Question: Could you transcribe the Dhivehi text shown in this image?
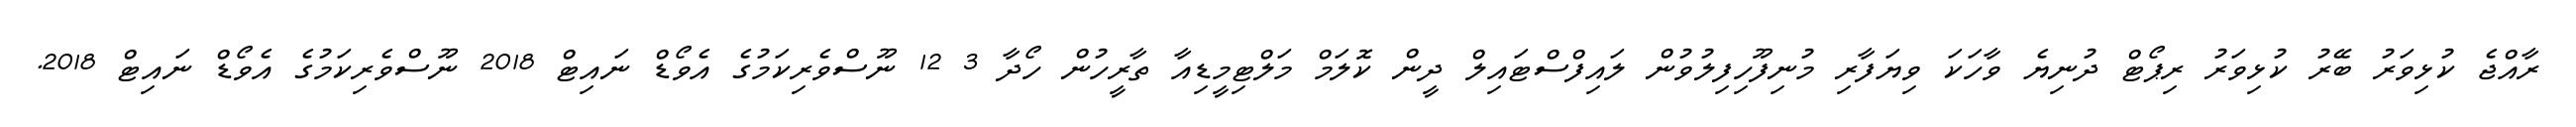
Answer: ރާއްޖެ ކުޅިވަރު ބޭރު ކުޅިވަރު ރިޕޯޓް ދުނިޔެ ވާހަކަ ވިޔަފާރި މުނިފޫހިފިލުވުން ލައިފްސްޓައިލް ދީން ކޮލަމް މަލްޓިމީޑިއާ ތާރީހުން ހޯދާ 3 12 ނޫސްވެރިކަމުގެ އެވޯޑް ނައިޓް 2018 ނޫސްވެރިކަމުގެ އެވޯޑް ނައިޓް 2018.